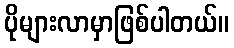
ပိုများလာမှာဖြစ်ပါတယ်။